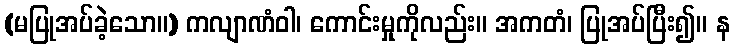
(မပြုအပ်ခဲ့သော။) ကလျာဏံဝါ၊ ကောင်းမှုကိုလည်း။ အကတံ၊ ပြုအပ်ပြီး၍။ န